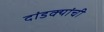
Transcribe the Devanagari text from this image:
दांडक्यांची